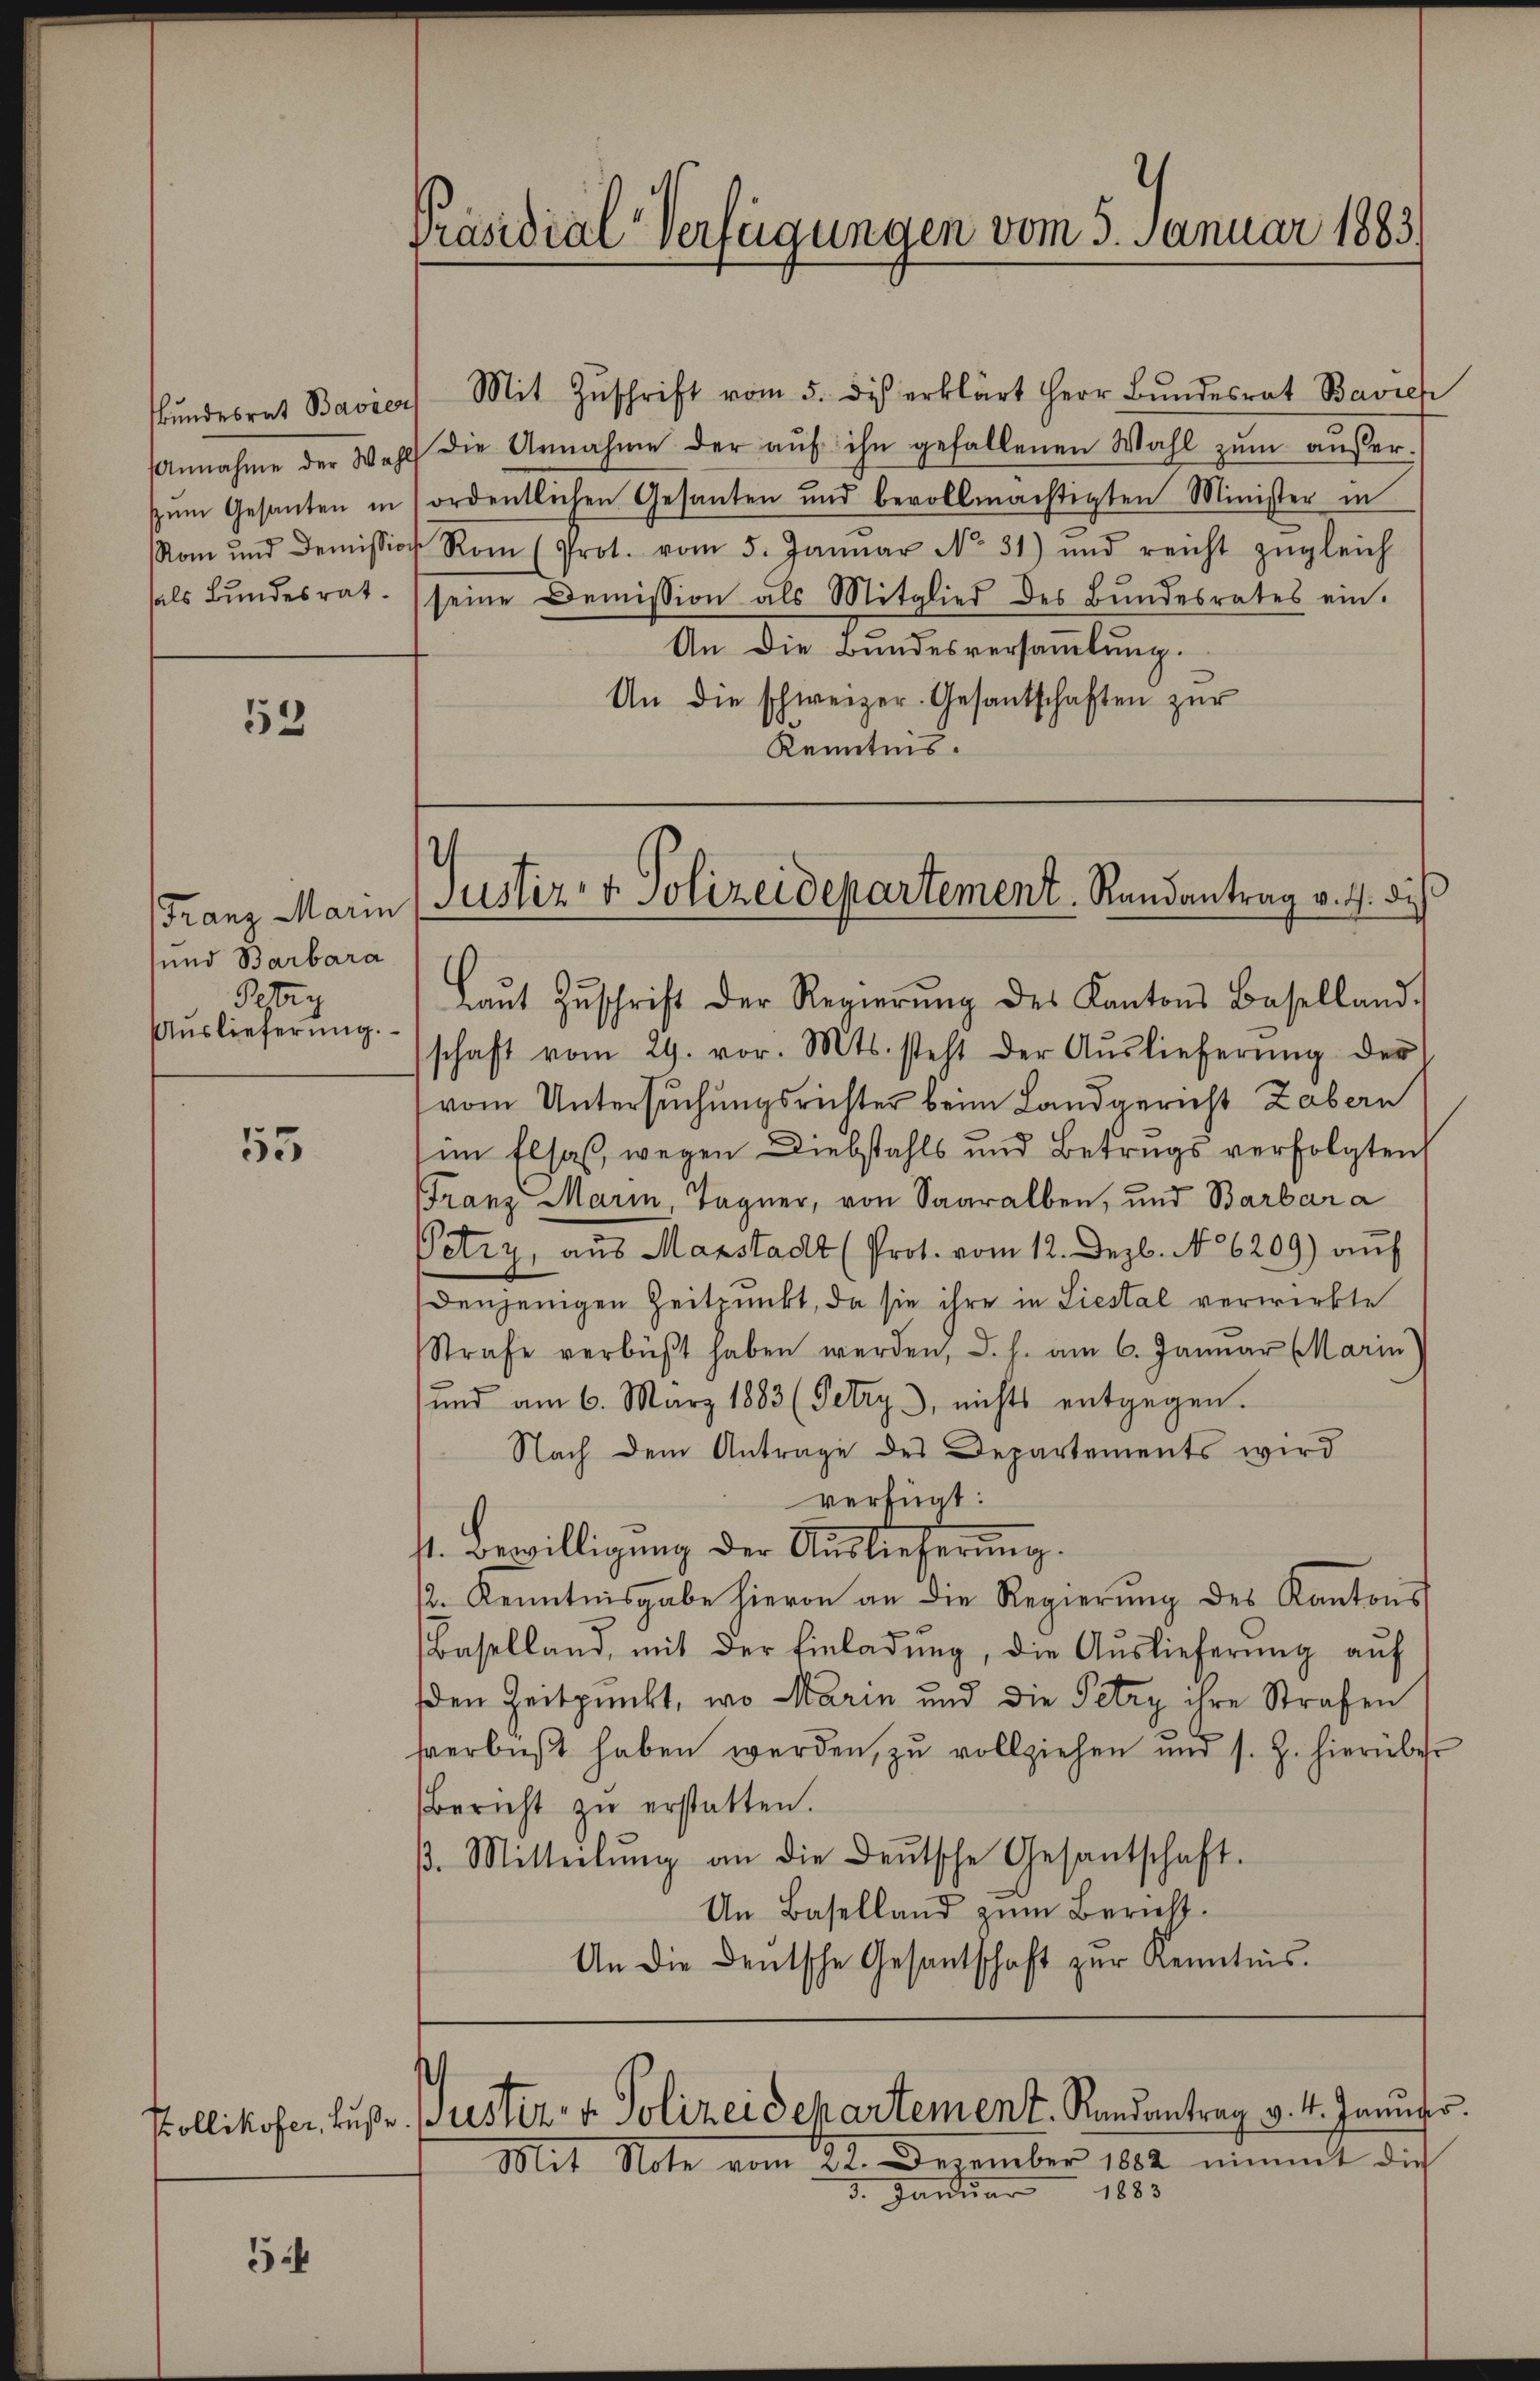
sals Bundesrat.

53

Franz Marin
sund Barbara
Petry
Auslieferung.

55

52

2
Präsidial-Verfügungen vom 5. Januar 1883

ŭndesrat Bavier Mit Zŭschrift vom 5. di erklärt Herr Bŭndesrat Bavien
Annahme der Wahl die Annahme der aŭf ihn gefallenen Wahl zŭm aŭβer-
zŭm Gesanten in ordentlichen Gesanten und bevollmächtigten Minister in
Rom und Demission Rom (Prot. vom 5. Janŭar No. 31) und reicht zŭgleich
seine Demission als Mitglied des Bundesrates ein.
An die Bundesversammlung.
An die schweizer-Gesantschaften zur
Kenntnis.

)
Justiz- & Polizeidepartement. Randantrag v. J. dies

3. Januar 1883

Laŭt Zŭschrift der Regierŭng des Kantons Baselland.
schaft vom 29. vor. Mts. steht der Aŭslieferŭng der
vom Untersuchungsrichter beim Landgericht Zabern
im Elsaß, wegen Diebstahls und Betrugs verfolgten
Franz Marin, Tagner, von Saaralben, und Barbara
Petry, aus Marstadt (Prot. vom 12. Dezb. No 6209) auf
denjenigen Zeitpunkt, da sie ihre in Liestal verwirkte
Strafe verbüßt haben werden, d. h. am 6. Januar Marin
und am 6. März 1883 (Petry, nichts entgegen.
Nach dem Antrage des Departements wird
verfügt:
s. Bewilligung der Auslieferung.
12. Kenntnisgabe hievon an die Regierung des Kantons
Baselland, mit der Einladŭng, die Auslieferung auf
den Zeitpunkt, wo Marin und die Petry ihre Strafen
hverbüßt haben werden, zu vollziehen und s. Z. hierüber
Bericht zŭ erstatten.
β. Mitteilŭng an die Deutsche Gesandtschaft.
An Baselland zum Bericht.
An die Deutsche Gesantschaft zur Kenntnis.

Kollikofer, Buße Puster. v. Polizeidepartement. Randantrag v. 4. Januar.
Mit Note vom 22. Dezember 1882 nimmt die